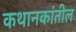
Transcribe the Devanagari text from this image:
कथानकांतील